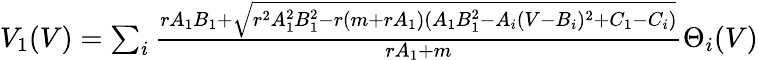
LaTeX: \begin{array}{r}{V_{1}(V)=\sum_{i}\frac{rA_{1}B_{1}+\sqrt{r^{2}A_{1}^{2}B_{1}^{2}-r(m+rA_{1})(A_{1}B_{1}^{2}-A_{i}(V-B_{i})^{2}+C_{1}-C_{i})}}{rA_{1}+m}\Theta_{i}(V)}\end{array}